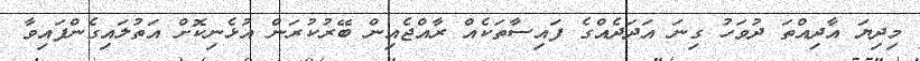
މިދިޔަ އާދިއްތަ ދުވަހު ގިނަ އަދަދެއްގެ ފައިސާތަކެއް ރާއްޖެއިން ބޭރުކުރަން އުޅެނިކޮށް އަތުލައިގެންފައިވާ